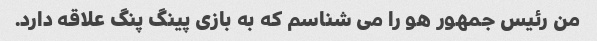
من رئیس جمهور هو را می شناسم که به بازی پینگ پنگ علاقه دارد.